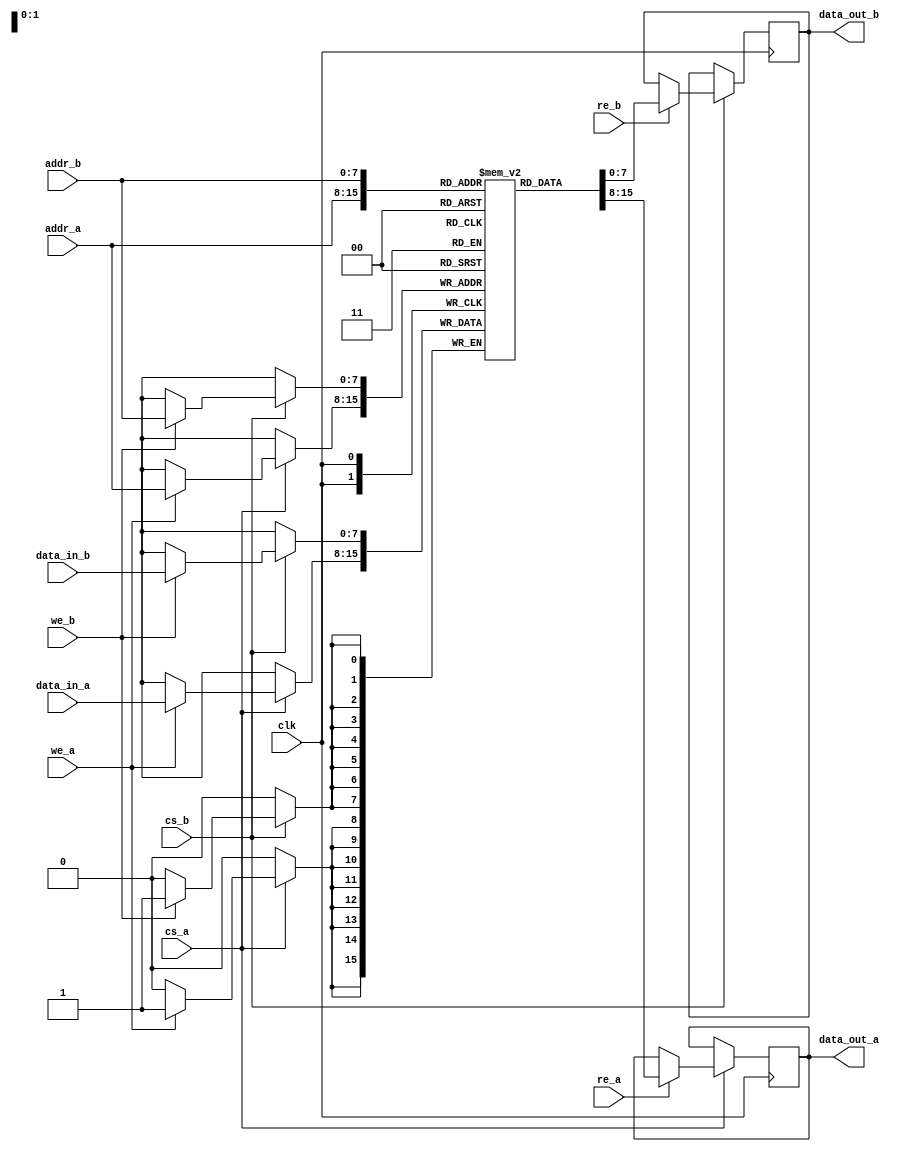
module pipelined_sram #(
    parameter DATA_WIDTH = 8,
    parameter ADDR_WIDTH = 8,
    parameter MEM_DEPTH = 256 // 2^ADDR_WIDTH
) (
    input wire clk,
    input wire cs_a,           // Chip Select for Port A
    input wire we_a,           // Write Enable for Port A
    input wire re_a,           // Read Enable for Port A
    input wire [ADDR_WIDTH-1:0] addr_a, // Address for Port A
    input wire [DATA_WIDTH-1:0] data_in_a, // Data input for Port A
    output reg [DATA_WIDTH-1:0] data_out_a, // Data output for Port A

    input wire cs_b,           // Chip Select for Port B
    input wire we_b,           // Write Enable for Port B
    input wire re_b,           // Read Enable for Port B
    input wire [ADDR_WIDTH-1:0] addr_b, // Address for Port B
    input wire [DATA_WIDTH-1:0] data_in_b, // Data input for Port B
    output reg [DATA_WIDTH-1:0] data_out_b // Data output for Port B
);

    // Memory array
    reg [DATA_WIDTH-1:0] mem [0:MEM_DEPTH-1];

    // Pipelined input stage for Port A
    always @(posedge clk) begin
        if (cs_a) begin
            if (we_a) begin
                mem[addr_a] <= data_in_a; // Write operation
            end
            if (re_a) begin
                data_out_a <= mem[addr_a]; // Read operation
            end
        end
    end

    // Pipelined input stage for Port B
    always @(posedge clk) begin
        if (cs_b) begin
            if (we_b) begin
                mem[addr_b] <= data_in_b; // Write operation
            end
            if (re_b) begin
                data_out_b <= mem[addr_b]; // Read operation
            end
        end
    end

endmodule